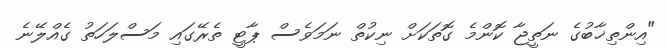
"އިންތިޚާބުގެ ނަތީޖާ ކޮންމެ ގޮތަކަށް ނިކުތް ނަމަވެސް ޕާޓީ ތެރޭގައި މަސްލަހަތު ގެއްލޭނެ